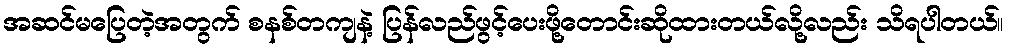
အဆင်မပြေတဲ့အတွက် စနစ်တကျနဲ့ ပြန်လည်ဖွင့်ပေးဖို့တောင်းဆိုထားတယ်လို့လည်း သိရပါတယ်။